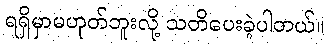
ရရှိမှာမဟုတ်ဘူးလို့ သတိပေးခဲ့ပါတယ်။